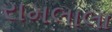
રામલાલા